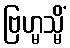
ဗြဟ္မသ္မိံ